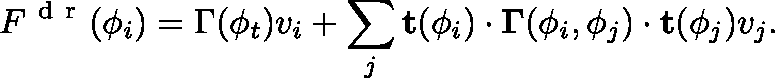
F ^ { \mathrm { ~ d ~ r ~ } } ( \phi _ { i } ) = \Gamma ( \phi _ { t } ) v _ { i } + \sum _ { j } \mathbf { t } ( \phi _ { i } ) \cdot \mathbf { \Gamma } ( \phi _ { i } , \phi _ { j } ) \cdot \mathbf { t } ( \phi _ { j } ) v _ { j } .